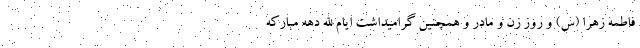
فاطمه زهرا (س) و روز زن و مادر و همچنین گرامیداشت ایام الله دهه مبارکه